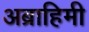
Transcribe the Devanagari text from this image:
अब्राहिमी